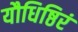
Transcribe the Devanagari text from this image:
यौधिष्ठिरं